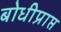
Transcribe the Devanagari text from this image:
बोधीप्राप्त